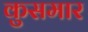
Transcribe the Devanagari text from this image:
कुसमार